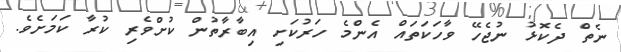
ނެތް ދެކޮޅު ނުޖެހޭ ވާހަކަތައް އެންމެ ހަރުކަށި އިބާރާތުން ކުށްވެރި ކުރާ ކަމަށެވެ.